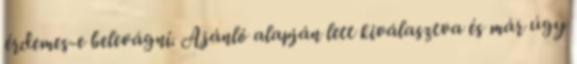
érdemes-e belevágni. Ajánló alapján lett kiválasztva és már úgy